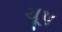
ચૂપ